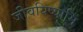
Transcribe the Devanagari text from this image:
जीवयिष्यामि